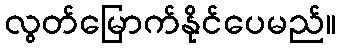
လွတ်မြောက်နိုင်ပေမည်။